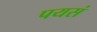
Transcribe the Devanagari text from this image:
पयसं